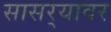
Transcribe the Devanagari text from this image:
सासर्‍यावर